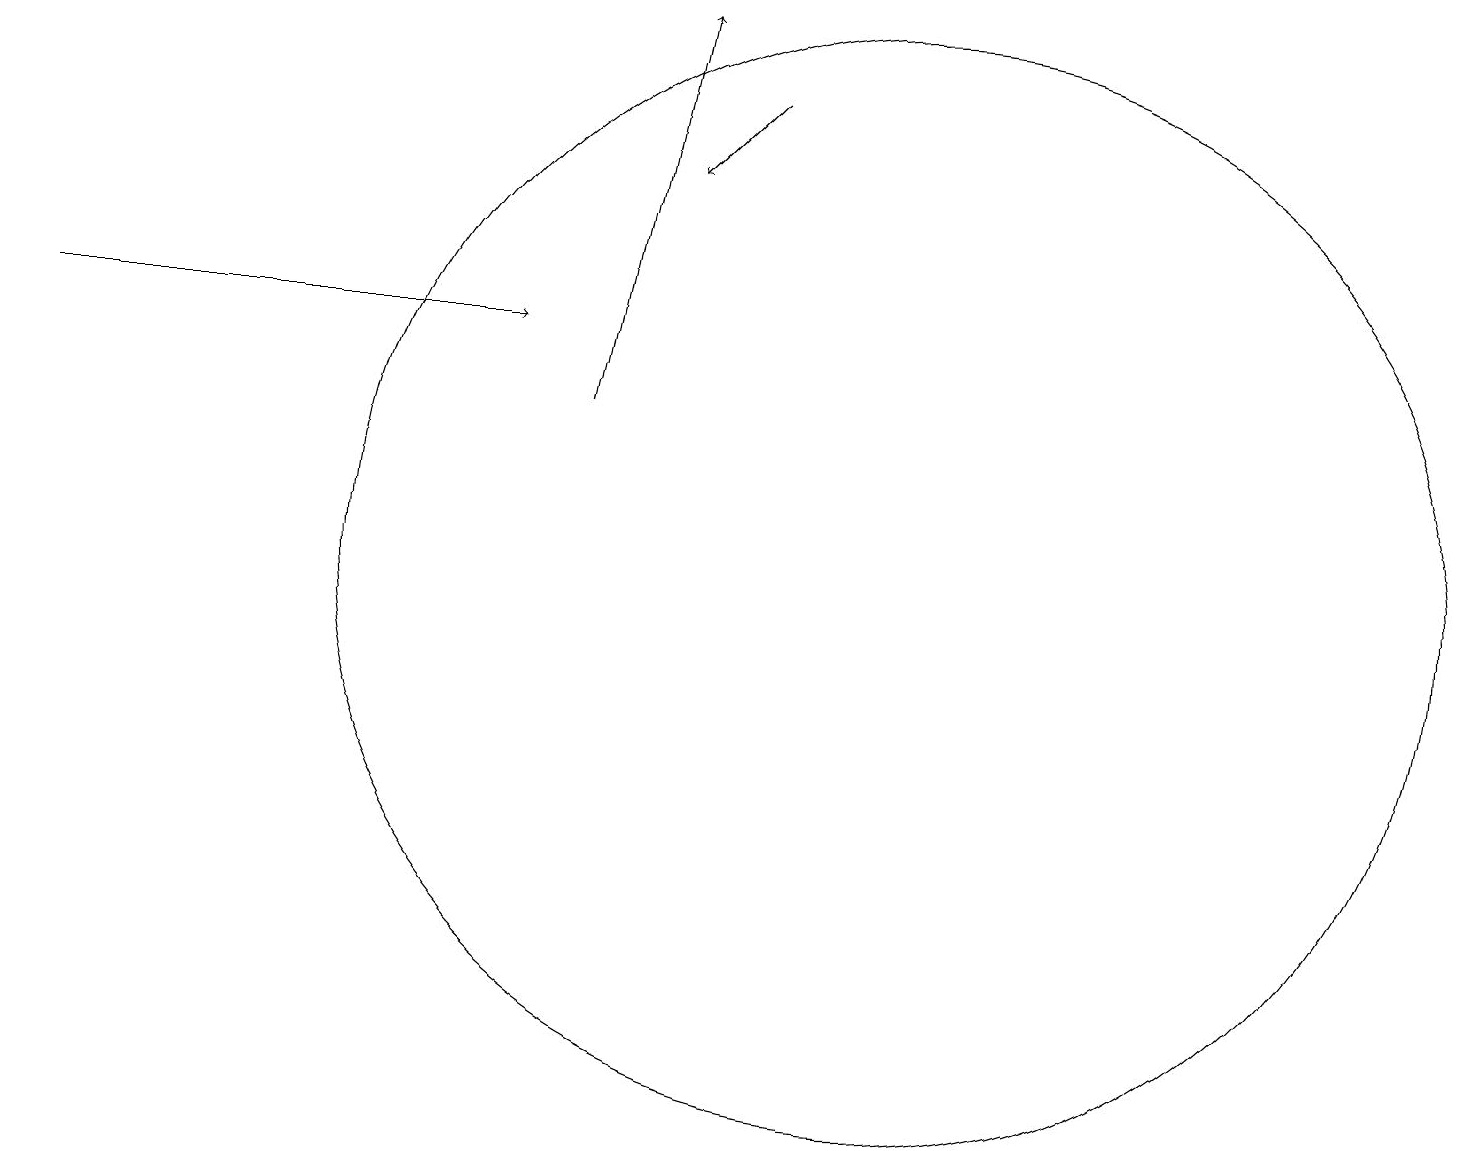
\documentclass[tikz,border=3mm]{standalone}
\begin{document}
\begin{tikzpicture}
\draw[->] (7,12) -- (8,17);
\draw[->] (9,16) -- (8,15);
\draw[->] (0,13) -- (6,13);
\draw (11,10) circle (7);
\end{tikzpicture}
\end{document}